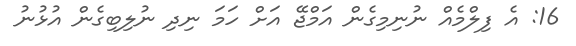
16: އެ ފިލްމެއް ނުނިމިގެން އަމްޖޭ އަށް ހަމަ ނިދި ނުލިބިގެން އުޅުނު